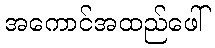
အကောင်အထည်ဖေါ်